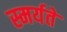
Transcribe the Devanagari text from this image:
स्मर्यते